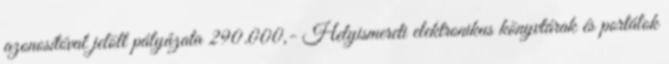
azonosítóval jelölt pályázata 290.000,- Helyismereti elektronikus könyvtárak és portálok